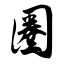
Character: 圈